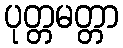
ပုတ္တမတ္တာ